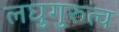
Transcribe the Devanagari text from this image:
लघुगुरुत्व